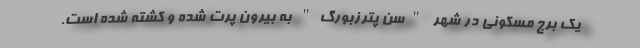
یک برج مسکونی در شهر "سن پترزبورگ" به بیرون پرت شده و کشته شده است.